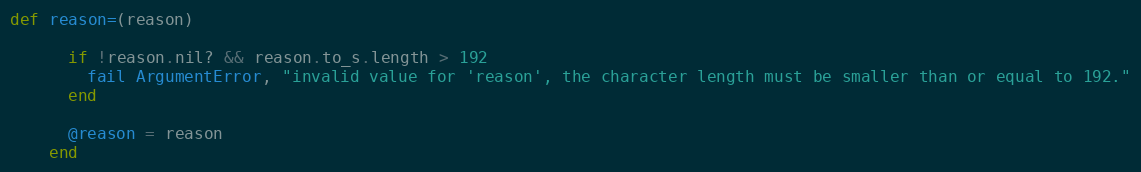
Language: Ruby
def reason=(reason)

      if !reason.nil? && reason.to_s.length > 192
        fail ArgumentError, "invalid value for 'reason', the character length must be smaller than or equal to 192."
      end

      @reason = reason
    end